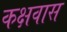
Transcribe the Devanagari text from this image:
कक्षवास